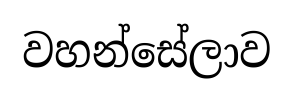
වහන්සේලාව